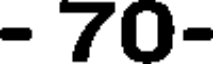
- 70-